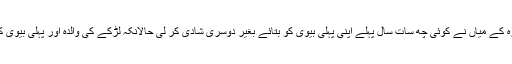
میری اپنی ایک دور پار کی عزیزہ کے میاں نے کوئی چھ سات سال پہلے اپنی پہلی بیوی کو بتائے بغیر دوسری شادی کر لی حالانکہ لڑکے کی والدہ اور پہلی بیوی کی والدہ آپس میں سگی بہنیں تھیں۔